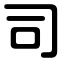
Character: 司